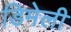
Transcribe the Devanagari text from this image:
डिमेली